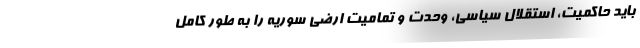
باید حاکمیت، استقلال سیاسی، وحدت و تمامیت ارضی سوریه را به طور کامل